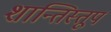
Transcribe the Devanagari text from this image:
शान्तिस्‍तूप